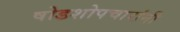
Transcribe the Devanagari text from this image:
षोडशोपचारांनी